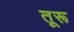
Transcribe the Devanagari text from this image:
तूरू